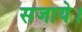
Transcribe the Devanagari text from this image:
सजाये।